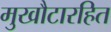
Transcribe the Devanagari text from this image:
मुखौटारहित